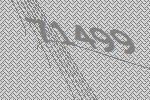
71499